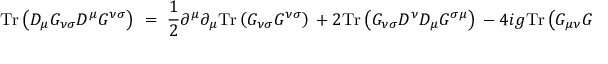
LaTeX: \mathrm { T r } \left( D _ { \mu } G _ { \nu \sigma } D ^ { \mu } G ^ { \nu \sigma } \right) ~ = ~ \frac { 1 } { 2 } \partial ^ { \mu } \partial _ { \mu } \mathrm { T r } \left( G _ { \nu \sigma } G ^ { \nu \sigma } \right) ~ + ~ 2 \mathrm { T r } \left( G _ { \nu \sigma } D ^ { \nu } D _ { \mu } G ^ { \sigma \mu } \right) ~ - ~ 4 i g \mathrm { T r } \left( G _ { \mu \nu } G ^ { \nu \sigma } G _ { \sigma } ^ { ~ \mu } \right) ~ .